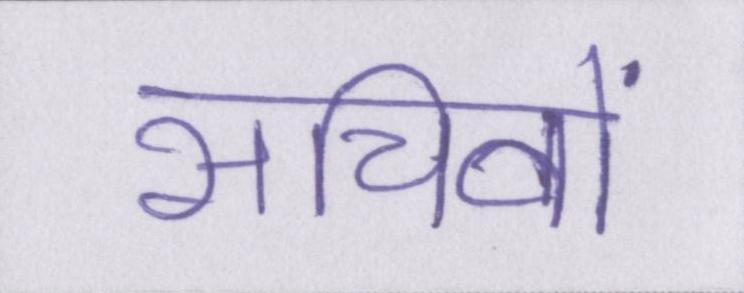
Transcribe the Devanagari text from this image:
सचिवों